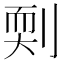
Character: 㓴